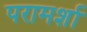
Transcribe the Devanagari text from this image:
परामर्शा